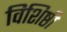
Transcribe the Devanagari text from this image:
विशिष्ठी